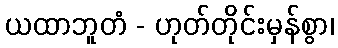
ယထာဘူတံ - ဟုတ်တိုင်းမှန်စွာ၊